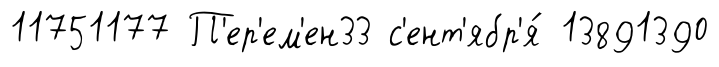
11751177 П'ер'ем'ен33 с'ент'ябр'я́ 13891390